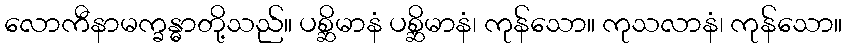
လောကီနာမက္ခန္ဓာတို့သည်။ ပစ္ဆိမာနံ ပစ္ဆိမာနံ၊ ကုန်သော။ ကုသလာနံ၊ ကုန်သော။